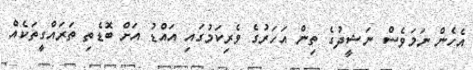
އެހެން ނަމަވެސް ނަޝީދުގެ ތިން އަހަރުގެ ވެރިކަމުގައި އައްޑު އަށް ބޮޑެތި ތަރައްގީތަކެއް